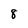
Character: 8